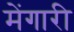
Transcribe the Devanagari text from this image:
मेंगारी